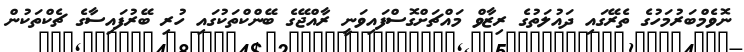
ނޮވެމްބަރުމަހުގެ ތެރޭގައި ދައުލަތުގެ ރިޒާވް މައްޗަށްގޮސްފައިވަނީ ރާއްޖޭގެ ބޭންކްތަކުގައި ހުރި ބޭރުފައިސާގެ ޗެކްތަކުން